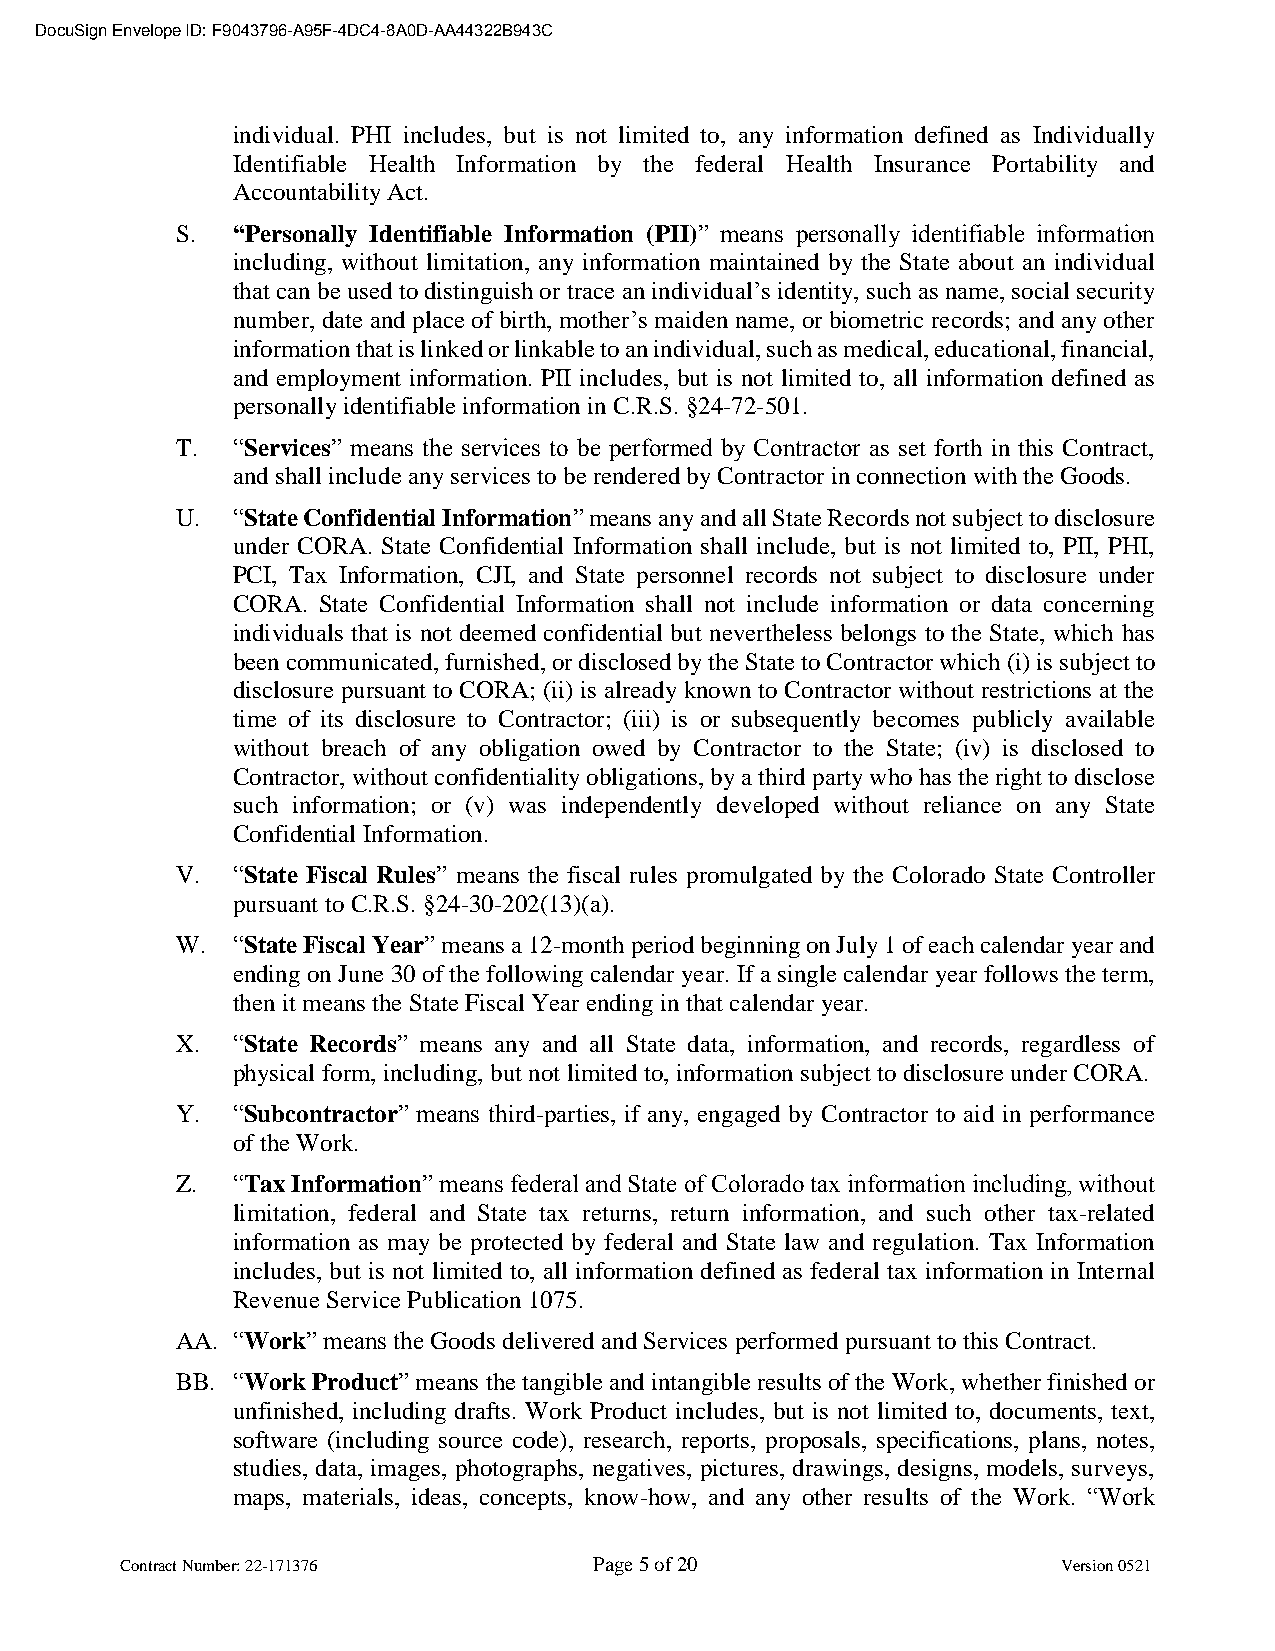
DocuSign Envelope ID: F9043796-A95F-4DC4-8A0D-AA44322B943C
 individual. PHI includes, but is not limited to, any information defined as Individually
 Identifiable Health Information by the federal Health Insurance Portability and
 Accountability Act.
 S. “Personally Identifiable Information (PII)” means personally identifiable information
 including, without limitation, any information maintained by the State about an individual
 that can be used to distinguish or trace an individual’s identity, such as name, social security
 number, date and place of birth, mother’s maiden name, or biometric records; and any other
 information that is linked or linkable to an individual, such as medical, educational, financial,
 and employment information. PII includes, but is not limited to, all information defined as
 personally identifiable information in C.R.S. §24-72-501.
 T. “Services” means the services to be performed by Contractor as set forth in this Contract,
 and shall include any services to be rendered by Contractor in connection with the Goods.
 U. “State Confidential Information” means any and all State Records not subject to disclosure
 under CORA. State Confidential Information shall include, but is not limited to, PII, PHI,
 PCI, Tax Information, CJI, and State personnel records not subject to disclosure under
 CORA. State Confidential Information shall not include information or data concerning
 individuals that is not deemed confidential but nevertheless belongs to the State, which has
 been communicated, furnished, or disclosed by the State to Contractor which (i) is subject to
 disclosure pursuant to CORA; (ii) is already known to Contractor without restrictions at the
 time of its disclosure to Contractor; (iii) is or subsequently becomes publicly available
 without breach of any obligation owed by Contractor to the State; (iv) is disclosed to
 Contractor, without confidentiality obligations, by a third party who has the right to disclose
 such information; or (v) was independently developed without reliance on any State
 Confidential Information.
 V. “State Fiscal Rules” means the fiscal rules promulgated by the Colorado State Controller
 pursuant to C.R.S. §24-30-202(13)(a).
 W. “State Fiscal Year” means a 12-month period beginning on July 1 of each calendar year and
 ending on June 30 of the following calendar year. If a single calendar year follows the term,
 then it means the State Fiscal Year ending in that calendar year.
 X. “State Records” means any and all State data, information, and records, regardless of
 physical form, including, but not limited to, information subject to disclosure under CORA.
 Y. “Subcontractor” means third-parties, if any, engaged by Contractor to aid in performance
 of the Work.
 Z. “Tax Information” means federal and State of Colorado tax information including, without
 limitation, federal and State tax returns, return information, and such other tax-related
 information as may be protected by federal and State law and regulation. Tax Information
 includes, but is not limited to, all information defined as federal tax information in Internal
 Revenue Service Publication 1075.
 AA. “Work” means the Goods delivered and Services performed pursuant to this Contract.
 BB. “Work Product” means the tangible and intangible results of the Work, whether finished or
 unfinished, including drafts. Work Product includes, but is not limited to, documents, text,
 software (including source code), research, reports, proposals, specifications, plans, notes,
 studies, data, images, photographs, negatives, pictures, drawings, designs, models, surveys,
 maps, materials, ideas, concepts, know-how, and any other results of the Work. “Work
 Contract Number: 22-171376     Page 5 of 20                   Version 0521